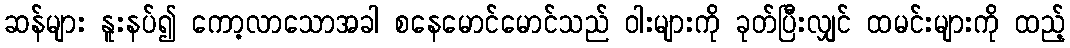
ဆန်များ နူးနပ်၍ ကော့လာသောအခါ စနေမောင်မောင်သည် ဝါးများကို ခုတ်ပြီးလျှင် ထမင်းများကို ထည့်